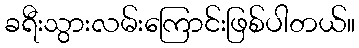
ခရီးသွားလမ်းကြောင်းဖြစ်ပါတယ်။